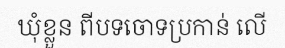
ឃុំខ្លួន ពីបទចោទប្រកាន់ លើ